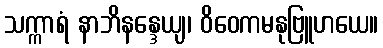
သက္ကာရံ နာဘိနန္ဒေယျ၊ ဝိဝေကမနုဗြူဟယေ။